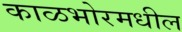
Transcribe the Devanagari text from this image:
काळभोरमधील